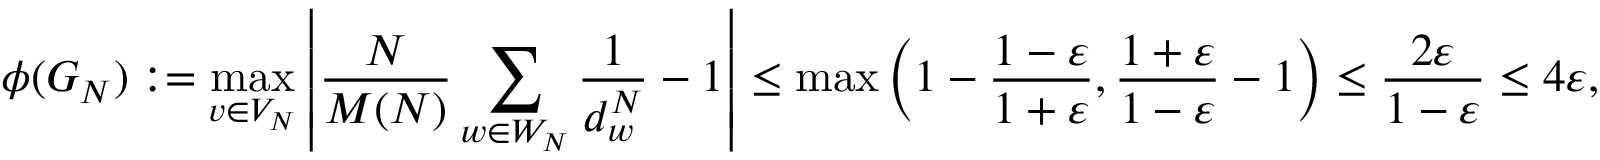
\phi ( G _ { N } ) : = \operatorname* { m a x } _ { v \in V _ { N } } \left\lvert \frac { N } { M ( N ) } \sum _ { w \in W _ { N } } \frac { 1 } { d _ { w } ^ { N } } - 1 \right\rvert \leq \operatorname* { m a x } \left( 1 - \frac { 1 - \varepsilon } { 1 + \varepsilon } , \frac { 1 + \varepsilon } { 1 - \varepsilon } - 1 \right) \leq \frac { 2 \varepsilon } { 1 - \varepsilon } \leq 4 \varepsilon ,